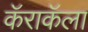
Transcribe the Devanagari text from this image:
कॅराकॅला